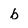
Character: b